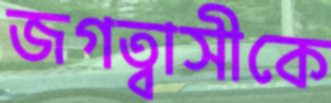
জগত্বাসীকে